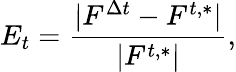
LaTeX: E_{t}=\frac{|F^{\Delta t}-F^{t,*}|}{|F^{t,*}|},